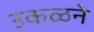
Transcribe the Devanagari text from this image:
उकळने